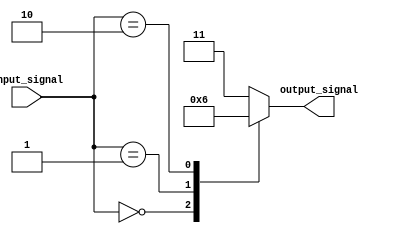
module simple_case_statement (
    input [3:0] input_signal,
    output reg [1:0] output_signal
);

always @(*)
begin
    case (input_signal)
        4'b0000: output_signal = 2'b00; // If input_signal is 0000, output_signal is 00
        4'b0001: output_signal = 2'b01; // If input_signal is 0001, output_signal is 01
        4'b0010: output_signal = 2'b10; // If input_signal is 0010, output_signal is 10
        default: output_signal = 2'b11;  // If input_signal is not 0000, 0001, or 0010, output_signal is 11
    endcase
end

endmodule